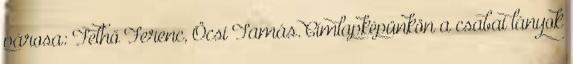
párosa: Felhő Ferenc, Öcsi Tamás. Címlapképünkön a csabai lányok